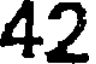
42